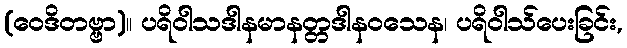
(ဝေဒိတဗ္ဗာ)။ ပရိဝါသဒါနမာနတ္တဒါနဝသေန၊ ပရိဝါသ်ပေးခြင်း,